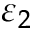
\varepsilon _ { 2 }